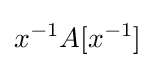
x^{-1}A[x^{-1}]